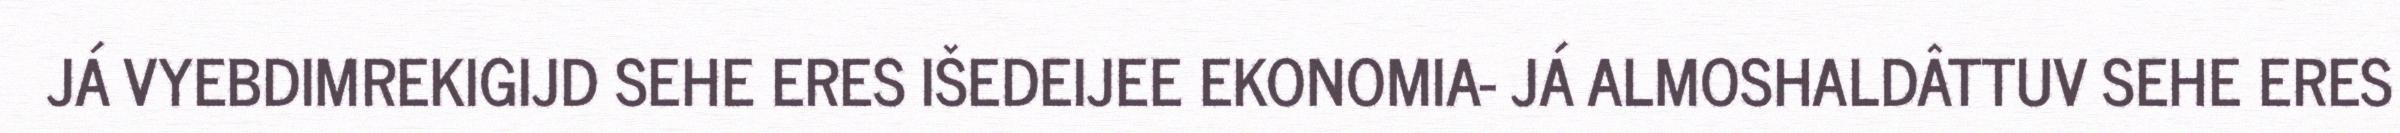
JÁ VYEBDIMREKIGIJD SEHE ERES IŠEDEIJEE EKONOMIA- JÁ ALMOSHALDÂTTUV SEHE ERES